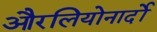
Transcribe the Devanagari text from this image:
औरलियोनार्दो